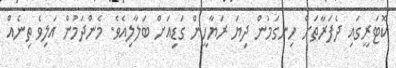
ކޮޓަރީގައި ދެފަރާތަށް ހިނގަމުން ދިޔަ ރަޔާހީން ގަޑިއަށް ބަލާލިއެވެ. މެންދަމުން އަލިވެ ތިނެއް